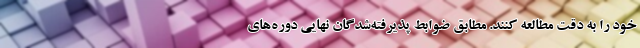
خود را به دقت مطالعه کنند. مطابق ضوابط پذیرفته‌شدگان نهایی دوره‌های